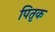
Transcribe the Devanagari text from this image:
पितृक